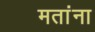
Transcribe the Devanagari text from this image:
मतांना